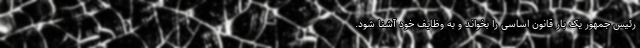
رئیس جمهور یک بار قانون اساسی را بخواند و به وظایف خود آشنا شود.